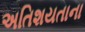
અતિશયતાના